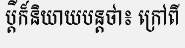
ប្តីក៏និយាយបន្តថា៖ ក្រៅពី